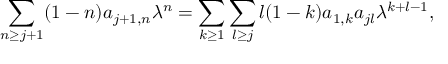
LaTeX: \sum _ { n \geq j + 1 } ( 1 - n ) a _ { j + 1 , n } \lambda ^ { n } = \sum _ { k \geq 1 } \sum _ { l \geq j } l ( 1 - k ) a _ { 1 , k } a _ { j l } \lambda ^ { k + l - 1 } ,